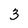
Character: 3